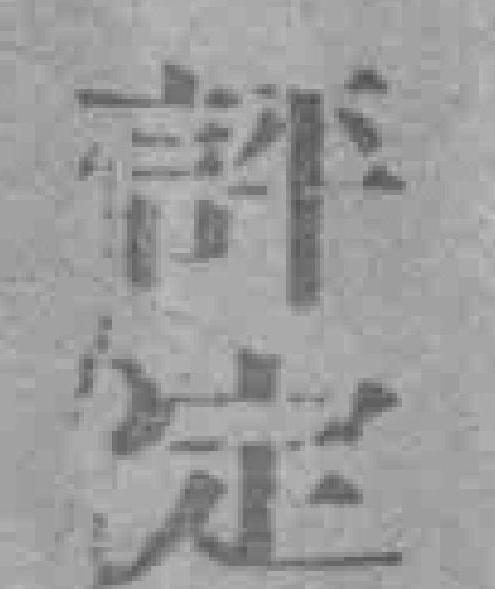
評定